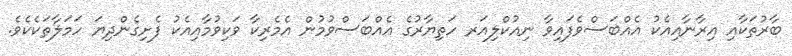
ބާރުތަކާއި އިރާނާއިއެކު އެއްބަސްވެފައިވާ ނިއުކްލިއަރ ހަތިޔާރުގެ އެއްބަސްވުމުން އެމެރިކާ ވަކިވުމާއިއެކު ފެށިގެންދިޔަ ހަމަލާތަކެކެވެ.